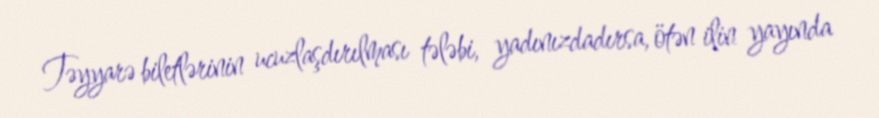
Təyyarə biletlərinin ucuzlaşdırılması tələbi, yadınızdadırsa, ötən ilin yayında